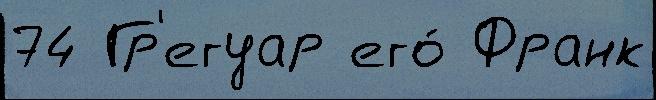
74 Гр'егуар его́ Франк